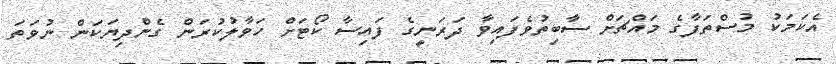
އެކަމަކު މުސްތަފާގެ މައްޗަށް ސާބިތުވެފައިވާ ދަރަނީގެ ފައިސާ ކޯޓަށް ހަވާލުކުރަން ގެންދިޔަކަން ނުވަތަ